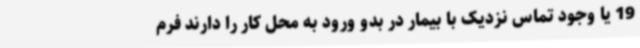
19 یا وجود تماس نزدیک با بیمار در بدو ورود به محل کار را دارند فرم